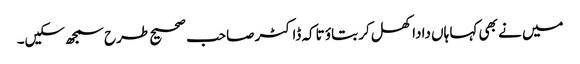
میں نے بھی کہا ہاں دادا کھل کر بتاؤ تاکہ ڈاکٹر صاحب صحیح طرح سمجھ سکیں۔